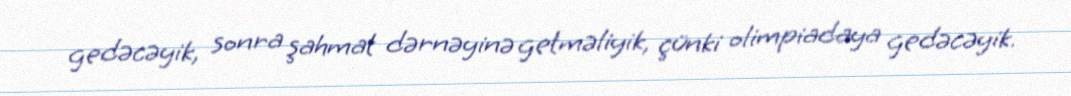
gedəcəyik, sonra şahmat dərnəyinə getməliyik, çünki olimpiadaya gedəcəyik.